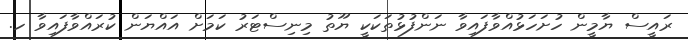
ރައީސް ޔާމީން ހުށަހަޅުއްވާފައިވާ ނަންފުޅުތަކަކީ ޔޫތު މިނިސްޓަރު ކަމަށް އައްޔަން ކުރައްވާފައިވާ ހ.